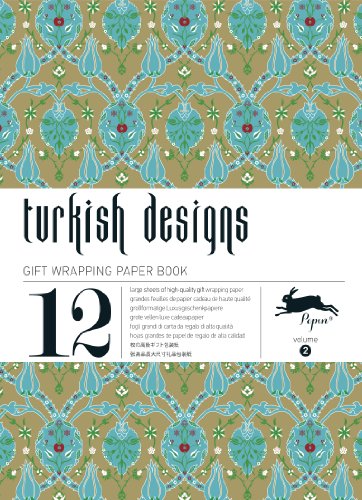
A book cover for Turkish Designs : Gift and creative paper book Vol. 2; Pepin van Roojen; Arts & Photography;